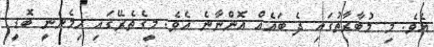
އެވެ. މި މުބާރާތުގައި ދެ ބައެއް އޮންނާނެ އެވެ. މީގެތެރޭގައި ހިމެނެނީ ބޮޑީ